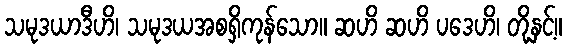
သမုဒယာဒီဟိ၊ သမုဒယအစရှိကုန်သော။ ဆဟိ ဆဟိ ပဒေဟိ၊ တို့နှင့်။